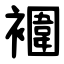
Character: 䙟